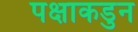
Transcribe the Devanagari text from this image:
पक्षाकडुन